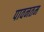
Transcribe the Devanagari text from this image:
पावनतम